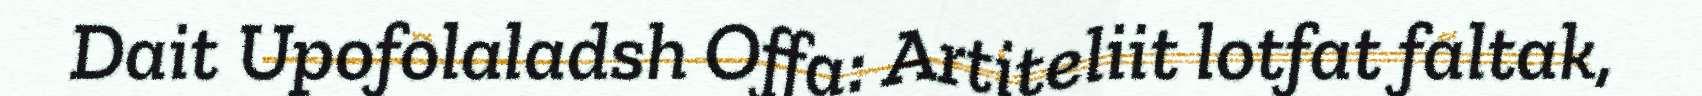
Dait Upofolaladsh Offa: Artiteliit lotfat faltak,